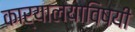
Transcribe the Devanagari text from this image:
कार्यालयाविषयी